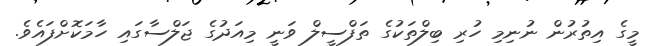
މީގެ އިތުރުން ނުނިމި ހުރި ބިލްތަކުގެ ތަފްސީލް ވަނީ މިއަދުގެ ޖަލްސާގައި ހާމަކޮށްފައެވެ.